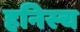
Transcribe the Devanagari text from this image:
हनिस्च